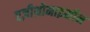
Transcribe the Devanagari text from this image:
एज़ीथ्रोमाइसीन